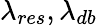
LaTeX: \lambda_{res},\lambda_{db}